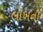
લાખનો